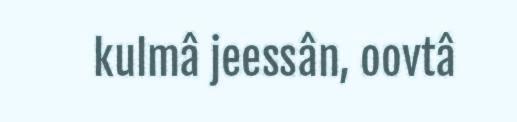
kulmâ jeessân, oovtâ